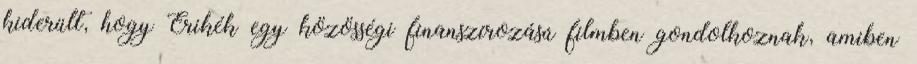
kiderült, hogy Erikék egy közösségi finanszírozású filmben gondolkoznak, amiben